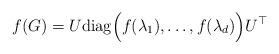
LaTeX: \begin{align*}f(G)= U \mathrm{diag} \Bigl( f(\lambda_1), \dots, f(\lambda_d) \Bigr) U^{\top}\end{align*}